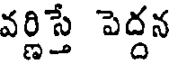
వర్ణిస్తే పెద్దన